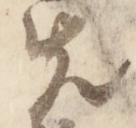
先